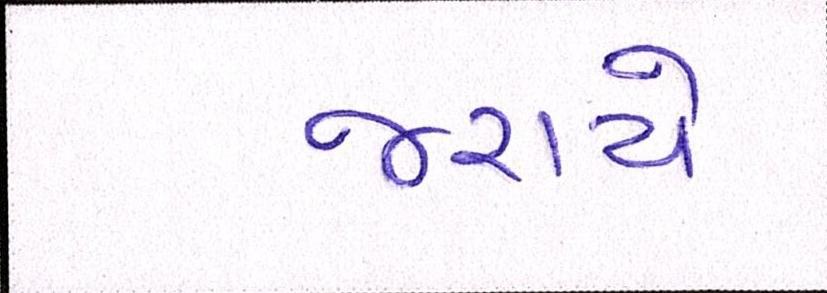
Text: જરાયે